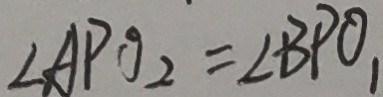
\angle A P O _ { 2 } = \angle B P O _ { 1 }